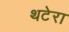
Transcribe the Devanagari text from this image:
थटेरा